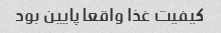
کیفیت غذا واقعا پایین بود